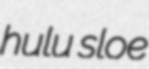
hulu sloe